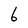
Character: 6